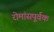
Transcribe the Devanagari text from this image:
रोमांसपूर्वक